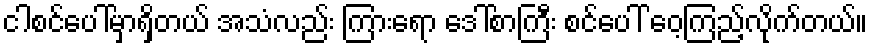
ငါစင်ပေါ်မှာရှိတယ် အသံလည်း ကြားရော ဒေါ်စာကြီး စင်ပေါ် ဝေ့ကြည့်လိုက်တယ်။